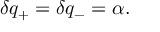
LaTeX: \delta q _ { + } = \delta q _ { - } = \alpha .